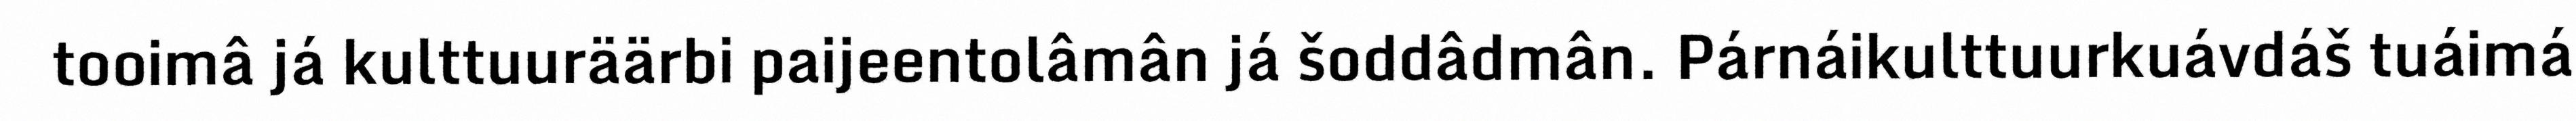
tooimâ já kulttuuräärbi paijeentolâmân já šoddâdmân. Párnáikulttuurkuávdáš tuáimá